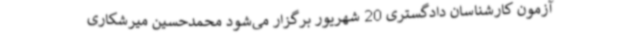
آزمون کارشناسان دادگستری 20 شهریور برگزار می‌شود محمدحسین میرشکاری